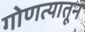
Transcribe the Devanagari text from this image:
गोणत्यातून